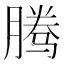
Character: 腾